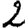
Digit: 2